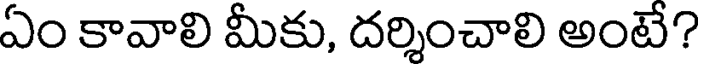
ఏం కావాలి మీకు, దర్శించాలి అంటే?